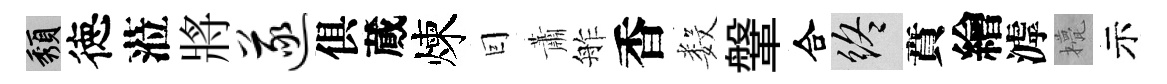
頽徳蒞將遂俱蕆煉囙蕭舴香数鞶合終賁繪滹甍示